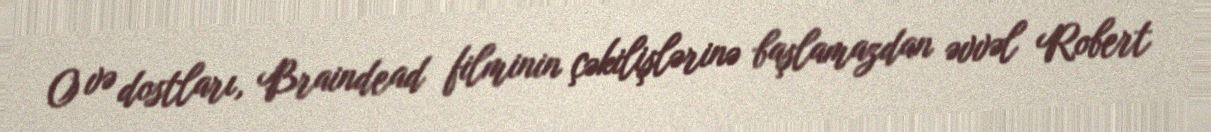
O və dostları, Braindead filminin çəkilişlərinə başlamazdan əvvəl Robert